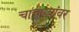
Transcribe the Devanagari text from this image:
चाचण्यांवर